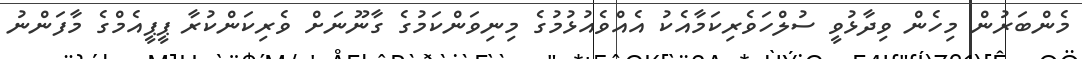
މެންބަރުން މިހެން ވިދާޅުވީ ސުލްހަވެރިކަމާއެކު އެއްވެއުޅުމުގެ މިނިވަންކަމުގެ ގާނޫނަށް ވެރިކަންކުރާ ޕީޕީއެމްގެ މާފަންނު